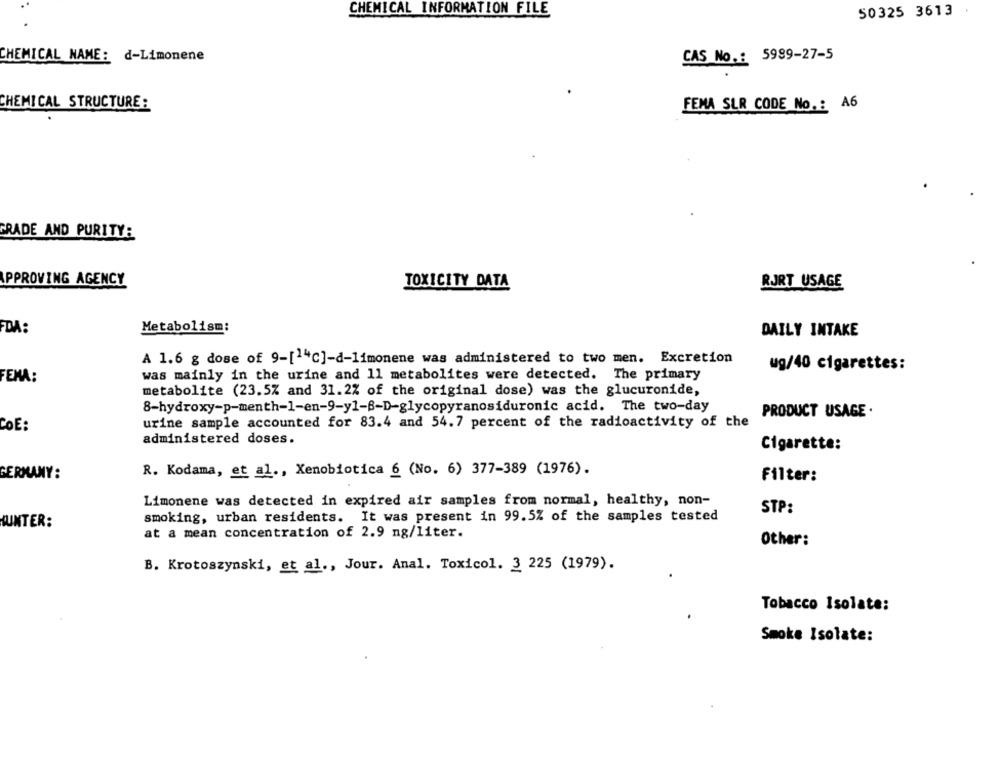
CHEMICAL INFORMATION FILE
50325 3613
CHEMICAL NAME: d-Limonene
CAS No .: 5999-27-5
CHEMICAL STRUCTURE:
FEMA SLR CODE No .: A6
FRADE AND PURITY:
PPROVING AGENCY
TOXICITY DATA
RJRT USAGE
FDA:
Metabolism:
DAILY INTAKE
A 1.6 g dose of 9-[14℃]-d-limonene was administered to two men. Excretion
ug/40 cigarettes:
FEMA:
was mainly in the urine and 11 metabolites were detected. The primary
metabolite (23.5% and 31.2% of the original dose) was the glucuronide,
8-hydroxy-p-menth-1-en-9-y1-B-D-glycopyranosiduronic acid. The two-day
PRODUCT USAGE .
urine sample accounted for 83.4 and 54.7 percent of the radioactivity of the
COE:
administered doses.
Cigarette:
GERMANY:
R. Kodama, et al ., Xenobiotica 6 (No. 6) 377-389 (1976).
Filter:
Limonene was detected in expired air samples from normal, healthy, non-
STP:
smoking, urban residents. It was present in 99.5% of the samples tested
HUNTER:
at a mean concentration of 2.9 ng/liter.
Other:
B. Krotoszynski, et al ., Jour. Anal. Toxicol. 3 225 (1979).
Tobacco Isolate:
Smoke Isolate: